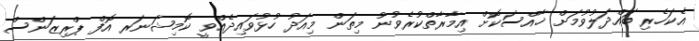
އެކަހެރި ބައްދަލުވުމަށް ޚާއްސަކޮށް އިމާރާތްކުރެވުނު މިތަން މިއަދު ހުޅުވައިދެއްވީ ކޮމިޝަނަރ އޮފް ޕްރިޒަންސް